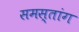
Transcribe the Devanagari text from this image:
समस्तांग